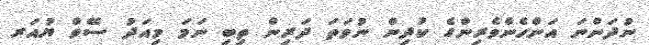
ނުދަންނަ އަންހެންވެރިންގެ ކުދިން ނުވަތަ ދަރިން ތިބި ނަމަ މިއަދު ސޭވް ޔުއަރ